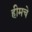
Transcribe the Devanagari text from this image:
हीमचे